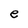
Character: e